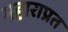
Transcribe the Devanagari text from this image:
महाराप्रत